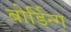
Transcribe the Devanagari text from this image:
बोर्डिन्ग